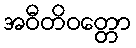
အဝီတိဝတ္တော